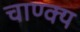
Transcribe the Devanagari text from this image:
चाण्क्य